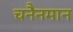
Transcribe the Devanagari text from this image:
चनैनमान